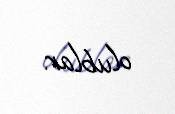
olublar.